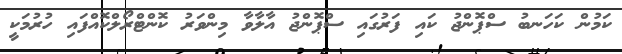
ކަމުން ކަހަނބު ސްޕޮންޖު ކައި ފަރުގައި ސްޕޮންޖު އާލާވާ މިންވަރު ކޮންޓްރޯލްކޮއްފައި ހުރުމަކީ